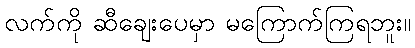
လက်ကို ဆီချေးပေမှာ မကြောက်ကြရဘူး။